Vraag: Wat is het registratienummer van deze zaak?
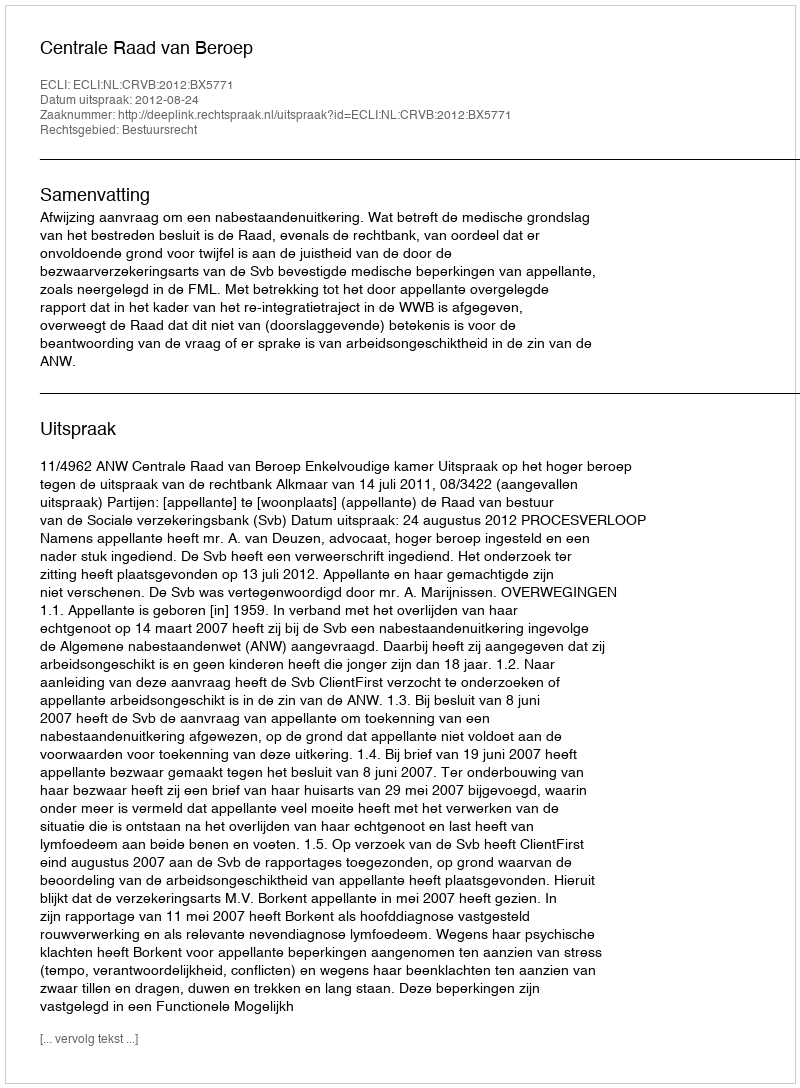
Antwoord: http://deeplink.rechtspraak.nl/uitspraak?id=ECLI:NL:CRVB:2012:BX5771